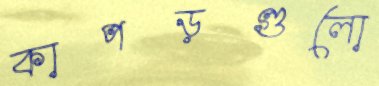
কাপড়গুলো